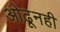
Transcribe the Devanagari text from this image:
ओढूनही